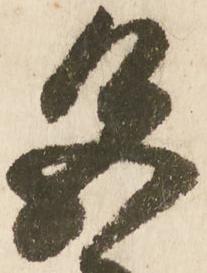
色